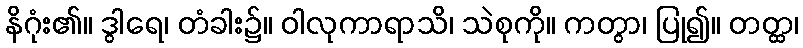
နိဂုံး၏။ ဒွါရေ၊ တံခါး၌။ ဝါလုကာရာသိ၊ သဲစုကို။ ကတွာ၊ ပြု၍။ တတ္ထ၊